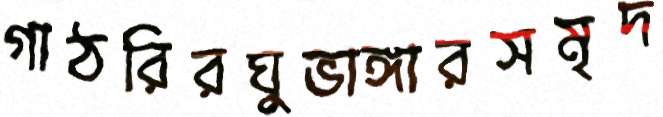
গাঠরিরঘুভাঙ্গারসমৃদ